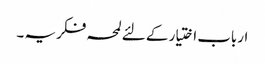
ارباب اختیار کے لئے لمحہ فکریہ ۔